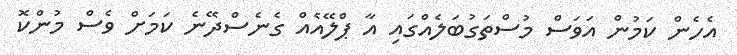
އެހެން ކަމުން އަވަސް މުސްތަގުބަލެއްގައި އާ ޕްލޭއެއް ގެނެސްދޭނެ ކަމަށް ވެސް މުންކޮ